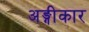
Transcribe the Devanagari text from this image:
अङ्गीकार